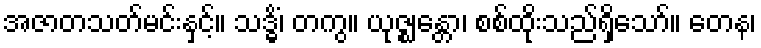
အဇာတသတ်မင်းနှင့်။ သဒ္ဓိံ၊ တကွ။ ယုဇ္ဈန္တော၊ စစ်ထိုးသည်ရှိသော်။ တေန၊